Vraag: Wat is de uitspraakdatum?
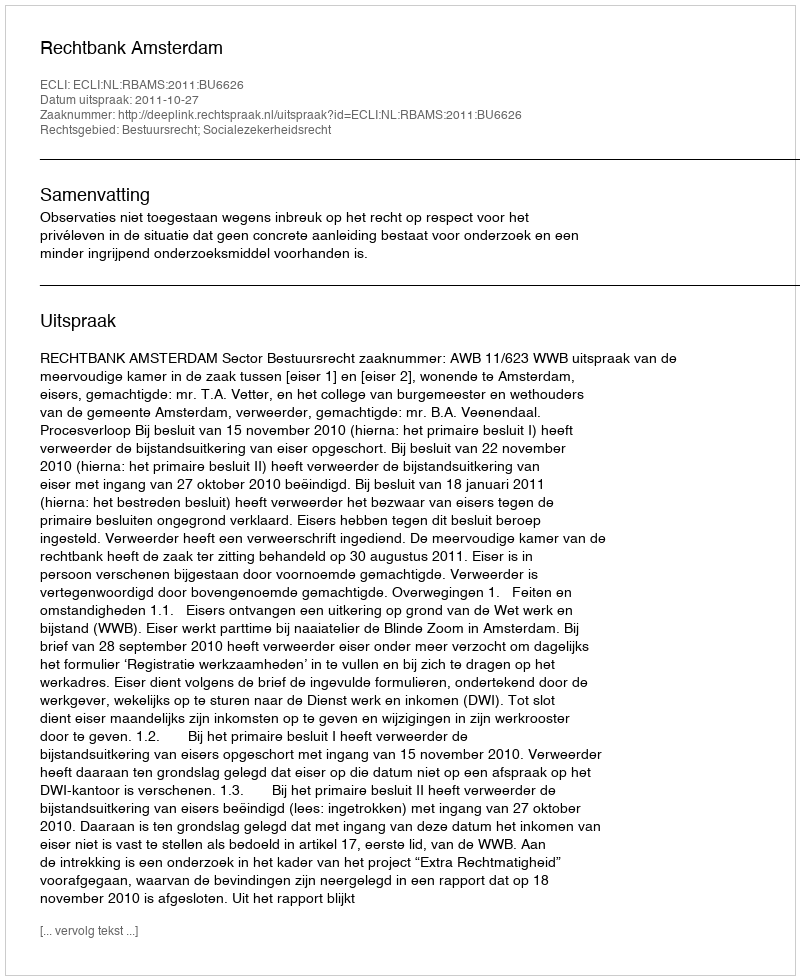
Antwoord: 2011-10-27